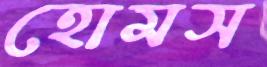
হোমস